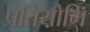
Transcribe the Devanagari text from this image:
प्रतियोगि